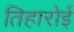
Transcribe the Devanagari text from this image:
तिहारोई